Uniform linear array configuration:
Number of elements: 32
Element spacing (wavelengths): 0.75
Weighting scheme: uniform
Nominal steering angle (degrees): -30
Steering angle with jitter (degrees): -28.541
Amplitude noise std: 0.05
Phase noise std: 0.05

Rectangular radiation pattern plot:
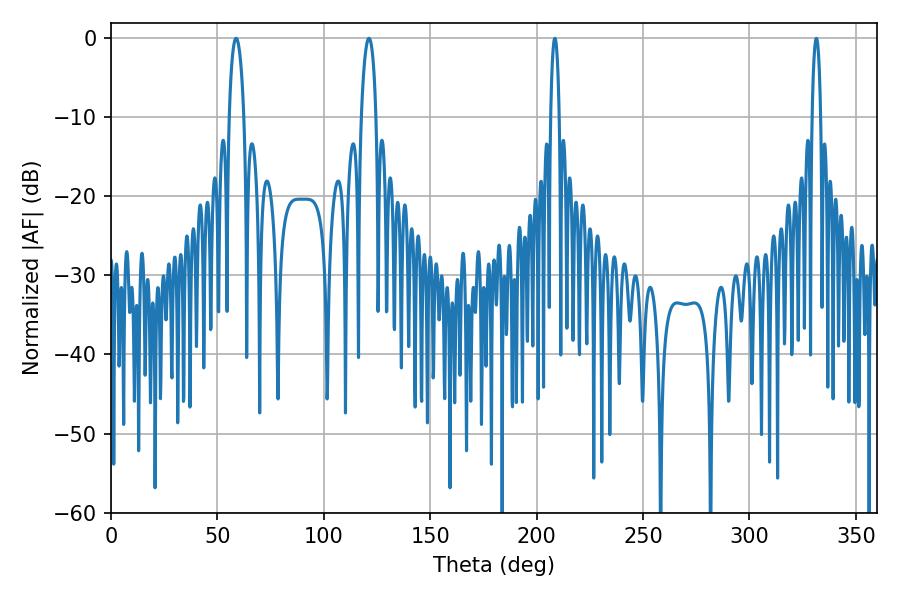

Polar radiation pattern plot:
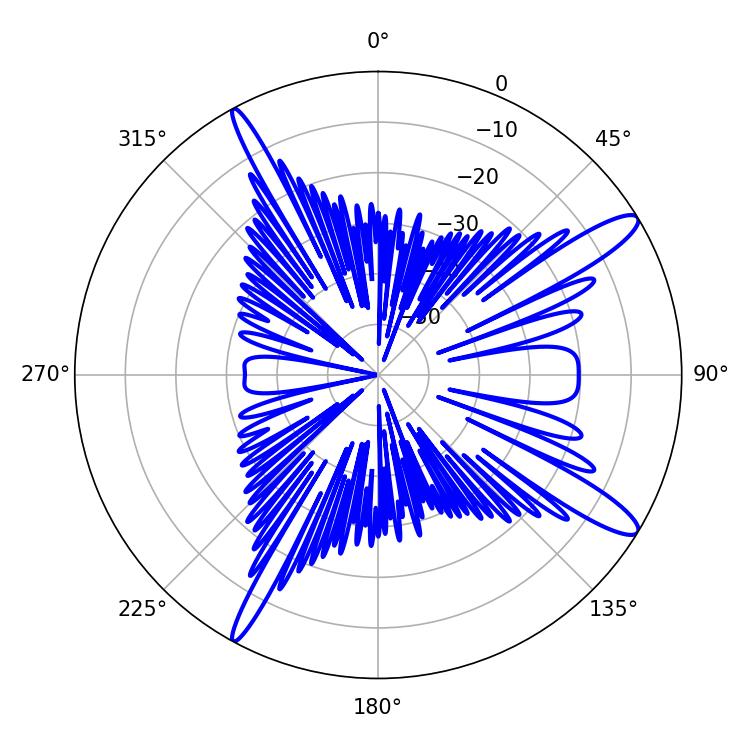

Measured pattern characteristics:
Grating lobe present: TRUE
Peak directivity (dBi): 13.333
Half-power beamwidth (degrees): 3.96
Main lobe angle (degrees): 58.86